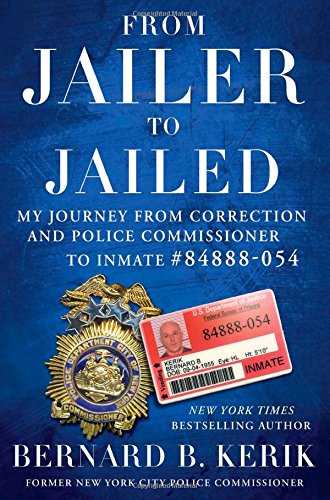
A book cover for From Jailer to Jailed: My Journey from Correction and Police Commissioner to Inmate #84888-054; Bernard B. Kerik; Law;